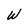
Character: W